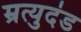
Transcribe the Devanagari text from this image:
म्रत्युदंड